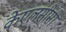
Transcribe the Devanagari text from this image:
केएलसीसी